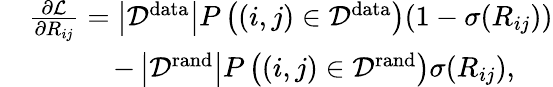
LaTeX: \begin{array}{rl}&{\frac{\partial{\cal L}}{\partial R_{ij}}=\left|{\cal D}^{\mathrm{data}}\right|P\left((i,j)\in{\cal D}^{\mathrm{data}}\right)(1-\sigma(R_{ij}))}\\ &{\quad\quad\quad-\left|{\cal D}^{\mathrm{rand}}\right|P\left((i,j)\in{\cal D}^{\mathrm{rand}}\right)\sigma(R_{ij}),}\end{array}